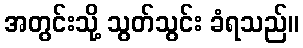
အတွင်းသို့ သွတ်သွင်း ခံရသည်။